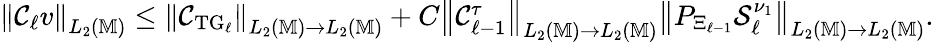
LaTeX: \begin{array}{r}{\left\| \mathcal{C}_{\ell}v\right\| _{L_{2}(\mathbb{M})}\le\left\| \mathcal{C}_{\mathrm{TG}_{\ell}}\right\| _{L_{2}(\mathbb{M})\to L_{2}(\mathbb{M})}+C\left\| \mathcal{C}_{\ell-1}^{\tau}\right\| _{L_{2}(\mathbb{M})\to L_{2}(\mathbb{M})}\left\| P_{\Xi_{\ell-1}}\mathcal{S}_{\ell}^{\nu_{1}}\right\| _{L_{2}(\mathbb{M})\to L_{2}(\mathbb{M})}.}\end{array}